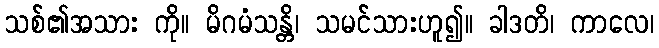
သစ်၏အသား ကို။ မိဂမံသန္တိ၊ သမင်သားဟူ၍။ ခါဒတိ၊ ကာလေ၊